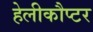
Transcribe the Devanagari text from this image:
हेलीकौप्टर